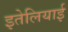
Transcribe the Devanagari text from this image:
इतेलियाई